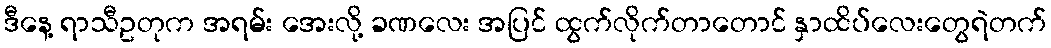
ဒီနေ့ ရာသီဥတုက အရမ်း အေးလို့ ခဏလေး အပြင် ထွက်လိုက်တာတောင် နှာထိပ်လေးတွေရဲတက်